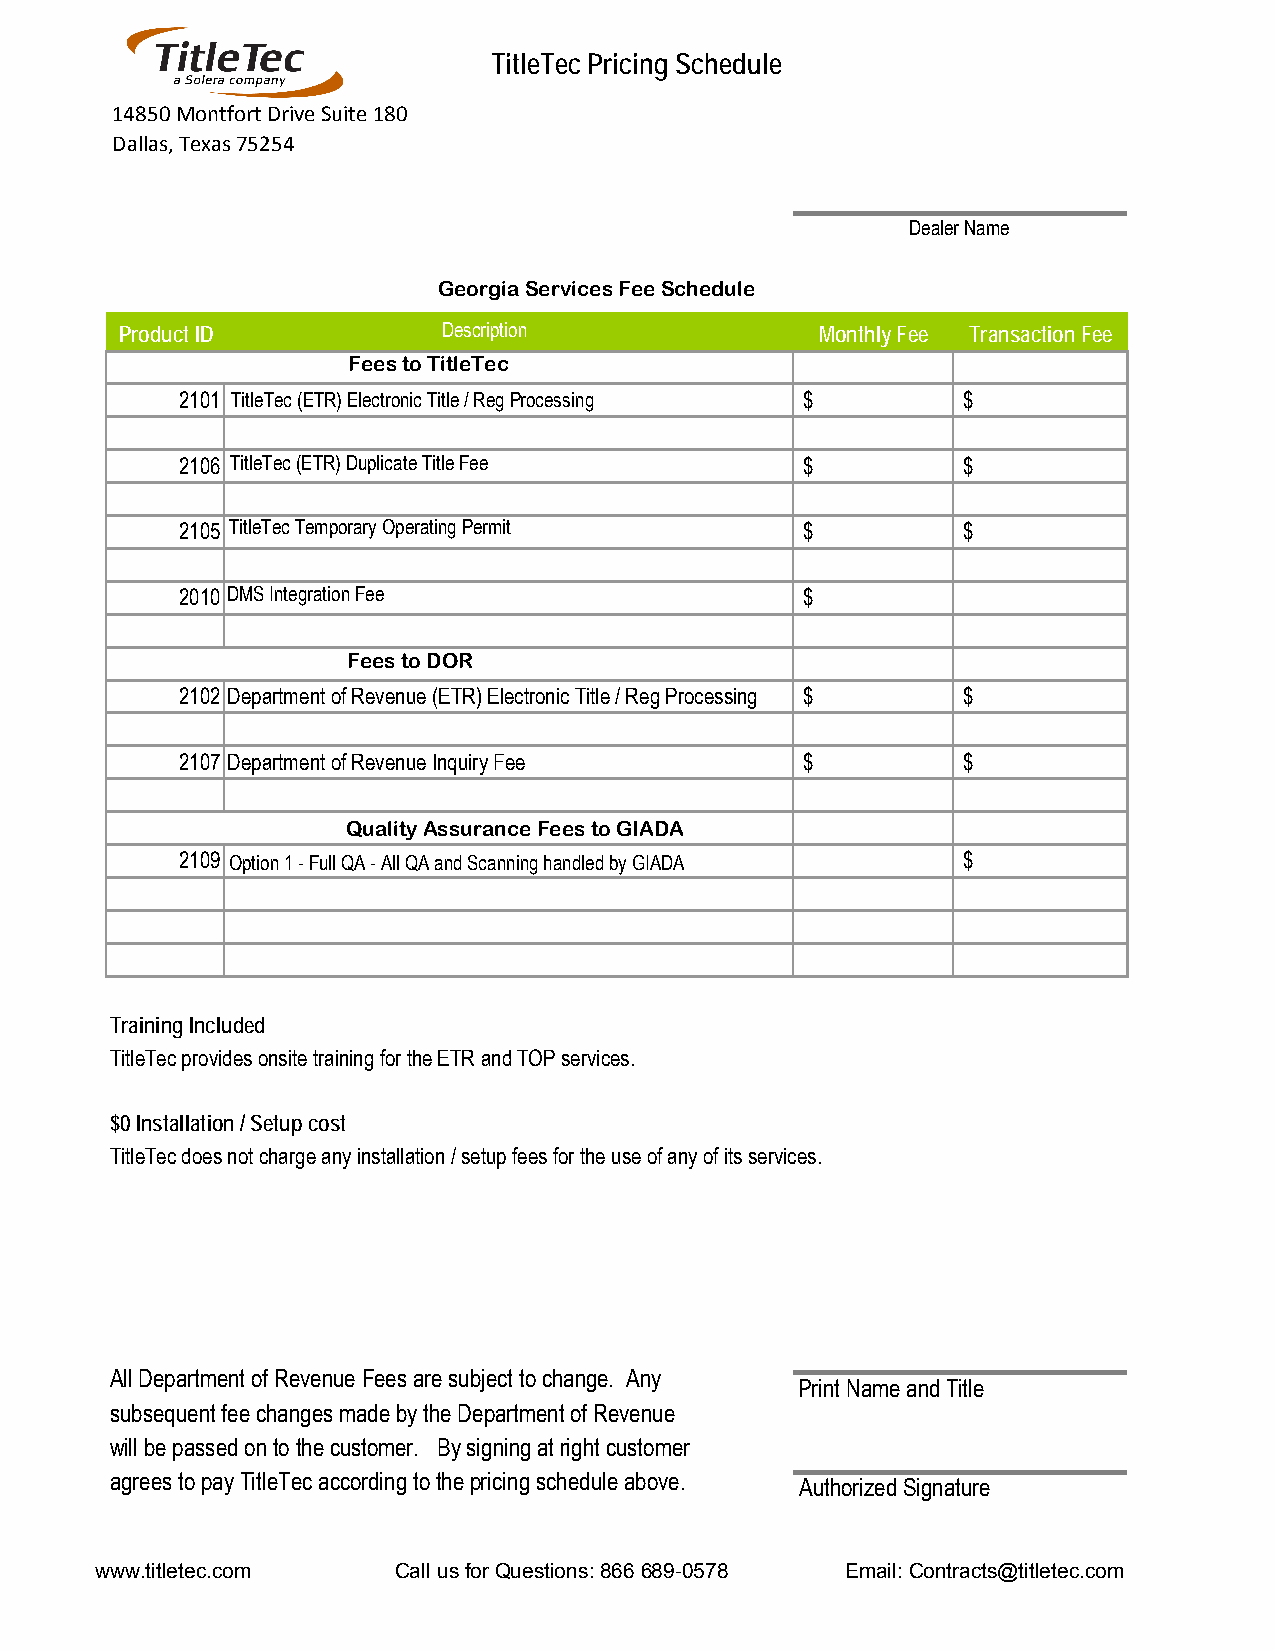
Fees to TitleTec
 Fees to DOR
 Quality Assurance Fees to GADA
 Option 1 - Full QA - All QA and Scanning handled by GADA
 Dealer Name
 Georgia Services Fee Schedule
 Revenue will be passed on to the customer. By signing below customer agrees to pay TitleTec according to the pricing
 Description
 schedule above.
 www.titletecT.ictloemTec (ETR) Electronic TitleC a/ lRl eugs Pforor cQeusseisntgions: 866 689‐0578 Email: Contracts@titletec.com
 Print Name and Title
 TitleTec (ETR) Duplicate Title Fee
 TitleTec Temporary Operating Permit
 DMS Integration Fee
 TitleTec Pricing Schedule
 14850 Montfort Drive Suite 180
 Dallas, Texas 75254
 Product ID                                    Monthly Fee Transaction Fee
 2101                                     $          $
 2106                                     $          $
 2105                                     $          $
 2010                                     $
 2102 Department of Revenue (ETR) Electronic Title / Reg Processing $ $
 2107 Department of Revenue Inquiry Fee   $          $
 2109                                                $
 Training Included
 TitleTec provides onsite training for the ETR and TOP services.
 $0 Installation / Setup cost
 TitleTec does not charge any installation / setup fees for the use of any of its services.
 DMS Integration Fee
 $238.00/month - Reynolds & Reynolds
 $100.00/month - StoneEagle/CDK Global and DealerTrack
 $ 50.00/month - All other integrations